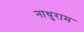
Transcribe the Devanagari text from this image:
नाथुराम